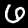
Digit: 6